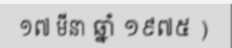
១៧ មីនា ឆ្នាំ ១៩៧៥ )